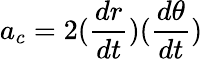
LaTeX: a_{c}=2({\frac{dr}{dt}})({\frac{d\theta}{dt}})